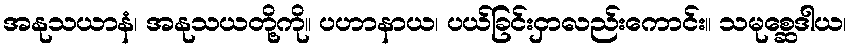
အနုသယာနံ၊ အနုသယတို့ကို။ ပဟာနာယ၊ ပယ်ခြင်းငှာလည်းကောင်း။ သမုစ္ဆေဒါယ၊